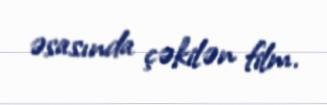
əsasında çəkilən film.